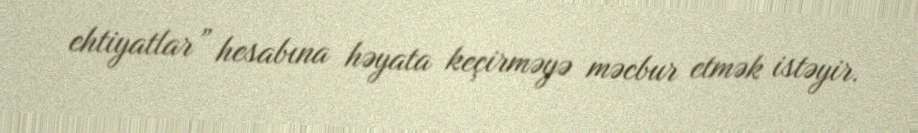
ehtiyatlar” hesabına həyata keçirməyə məcbur etmək istəyir.